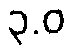
၃.ဝ